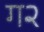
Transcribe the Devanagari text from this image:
ग२